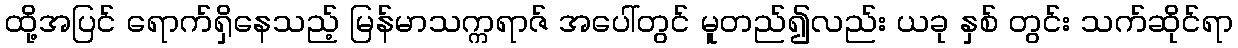
ထို့အပြင် ရောက်ရှိနေသည့် မြန်မာသက္ကရာဇ် အပေါ်တွင် မူတည်၍လည်း ယခု နှစ် တွင်း သက်ဆိုင်ရာ